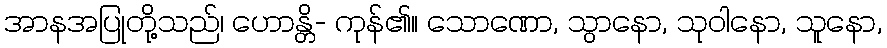
အာနအပြုတို့သည်၊ ဟောန္တိ- ကုန်၏။ သောဏော, သွာနော, သုဝါနော, သူနော,